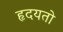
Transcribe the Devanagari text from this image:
हृदयतो